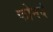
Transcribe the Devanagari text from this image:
फोनवं